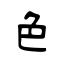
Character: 色